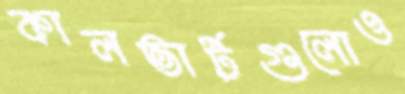
কালভার্টগুলোও